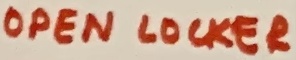
Text: OPEN LOCKER